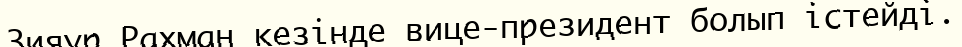
Зияур Рахман кезінде вице-президент болып істейді.